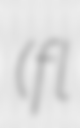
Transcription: (fl